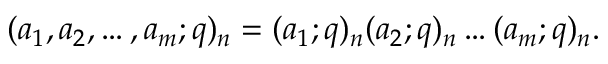
\displaystyle ( a _ { 1 } , a _ { 2 } , \ldots , a _ { m } ; q ) _ { n } = ( a _ { 1 } ; q ) _ { n } ( a _ { 2 } ; q ) _ { n } \ldots ( a _ { m } ; q ) _ { n } .